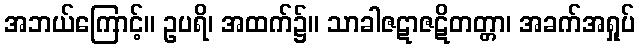
အဘယ်ကြောင့်။ ဥပရိ၊ အထက်၌။ သာခါဇဋာဇဋိတတ္တာ၊ အခက်အရှုပ်